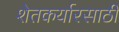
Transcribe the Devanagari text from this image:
शेतकर्यारसाठी